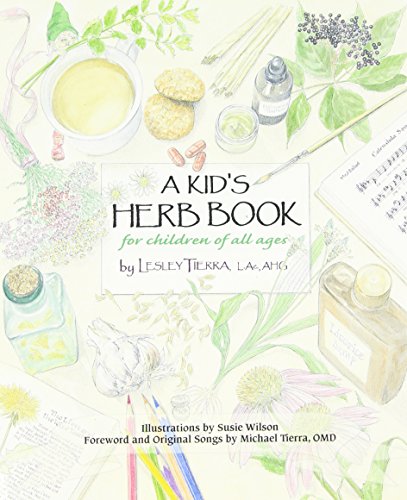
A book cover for Kid's Herb Book, A: For Children of All Ages; Lesley Tierra; Cookbooks, Food & Wine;